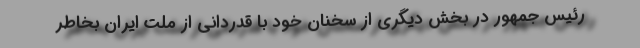
رئیس جمهور در بخش دیگری از سخنان خود با قدردانی از ملت ایران بخاطر